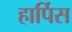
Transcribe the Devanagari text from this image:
हार्पिस